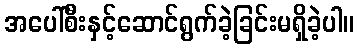
အပေါ်စီးနှင့်ဆောင်ရွက်ခဲ့ခြင်းမရှိခဲ့ပါ။